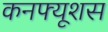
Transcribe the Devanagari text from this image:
कनफ्यूशस